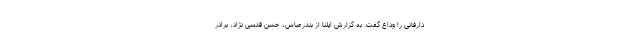
دارفانی را وداع گفت. به گزارش ایلنا از بندرعباس، حسن قدسی نژاد، برادر